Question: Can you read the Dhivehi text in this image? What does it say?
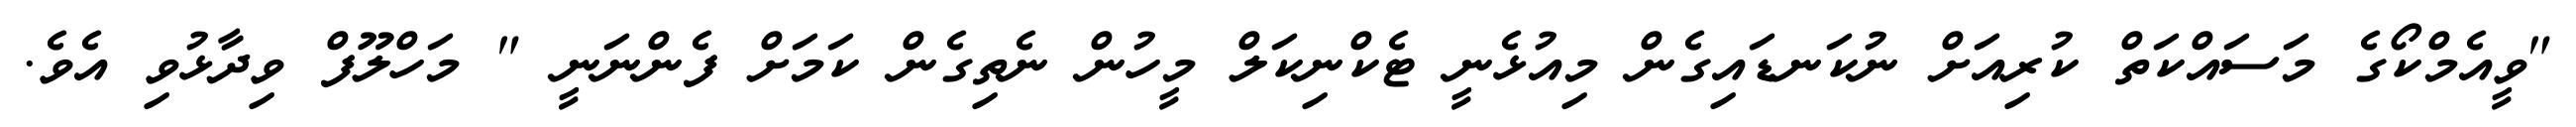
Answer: "ވީއެމްކޯގެ މަސައްކަތް ކުރިއަށް ނުކަނޑައިގެން މިއުޅެނީ ޓެކްނިކަލް މީހުން ނެތިގެން ކަމަށް ފެންނަނީ " މަހްލޫފް ވިދާޅުވި އެވެ.